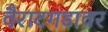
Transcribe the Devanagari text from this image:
वैराटगडावर